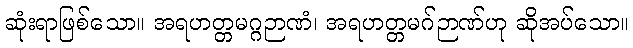
ဆုံးရာဖြစ်သော။ အရဟတ္တမဂ္ဂဉာဏံ၊ အရဟတ္တမဂ်ဉာဏ်ဟု ဆိုအပ်သော။